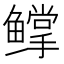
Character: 𬶰